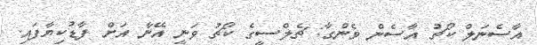
އާސެނަލް ކޯޗު އާސެން ވެންގާ: ޗެލްސީގެ ކޯޗު ވަނީ އޭނާ އަށް ފާޑުކިޔާފައި.